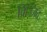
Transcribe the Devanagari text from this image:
विज्जिद